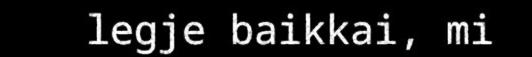
legje baikkai, mi